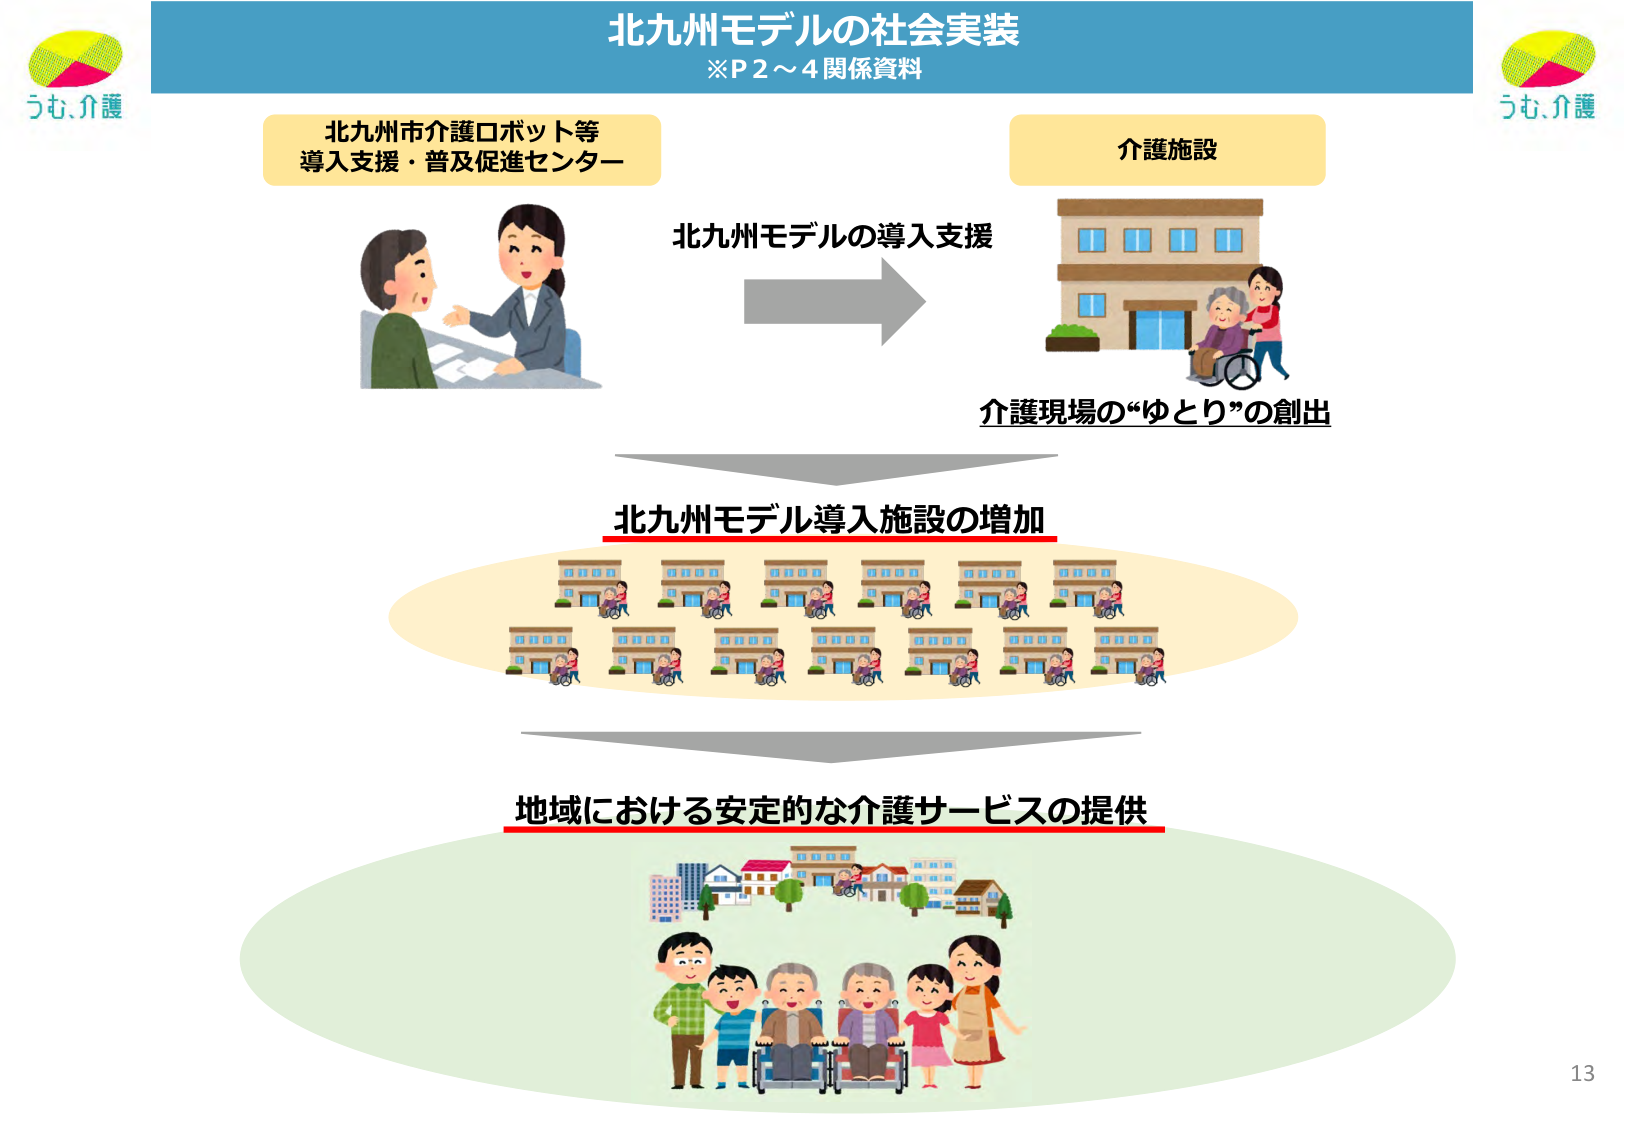
北九州モデルの社会実装
※P2～4 関係資料

北九州市介護ロボット等
導入支援・普及促進センター

介護施設

北九州モデルの導入支援

介護現場の“ゆとり”の創出

北九州モデル導入施設の増加

地域における安定的な介護サービスの提供

うも、介護
うも、介護
13